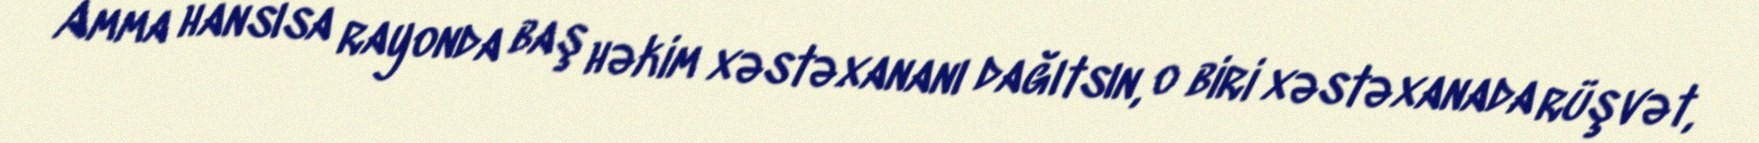
Amma hansısa rayonda baş həkim xəstəxananı dağıtsın, o biri xəstəxanada rüşvət,